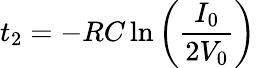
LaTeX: t_{2}=-RC\ln{\left(\frac{I_{0}}{2V_{0}}\right)}